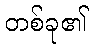
တစ်ခု၏